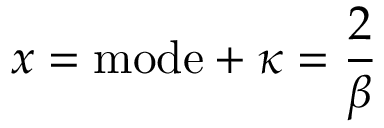
x = { \mathrm { m o d e } } + \kappa = { \frac { 2 } { \beta } }